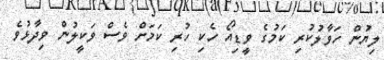
ލިޔުން ހަވާލުކުރި ކަމުގެ ވީޑިއޯ ހެކި ހުރި ކަމަށް ވެސް ވަކީލުން ވިދާޅުވެ